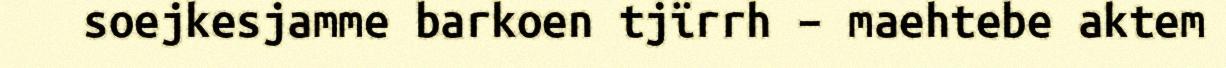
soejkesjamme barkoen tjïrrh – maehtebe aktem